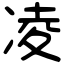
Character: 凌